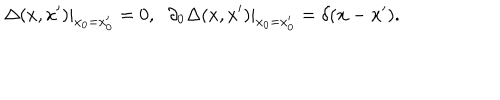
\left. \Delta ( x , x ^ { \prime } ) \right| _ { x _ { 0 } = x _ { 0 } ^ { \prime } } = 0 , \; \; \left. \partial _ { 0 } \Delta ( x , x ^ { \prime } ) \right| _ { x _ { 0 } = x _ { 0 } ^ { \prime } } = \delta ( { \bf x } - { \bf x } ^ { \prime } ) .